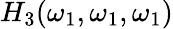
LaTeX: H_{3}(\omega_{1},\omega_{1},\omega_{1})